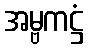
အမ္ဗကဋ္ဌံ